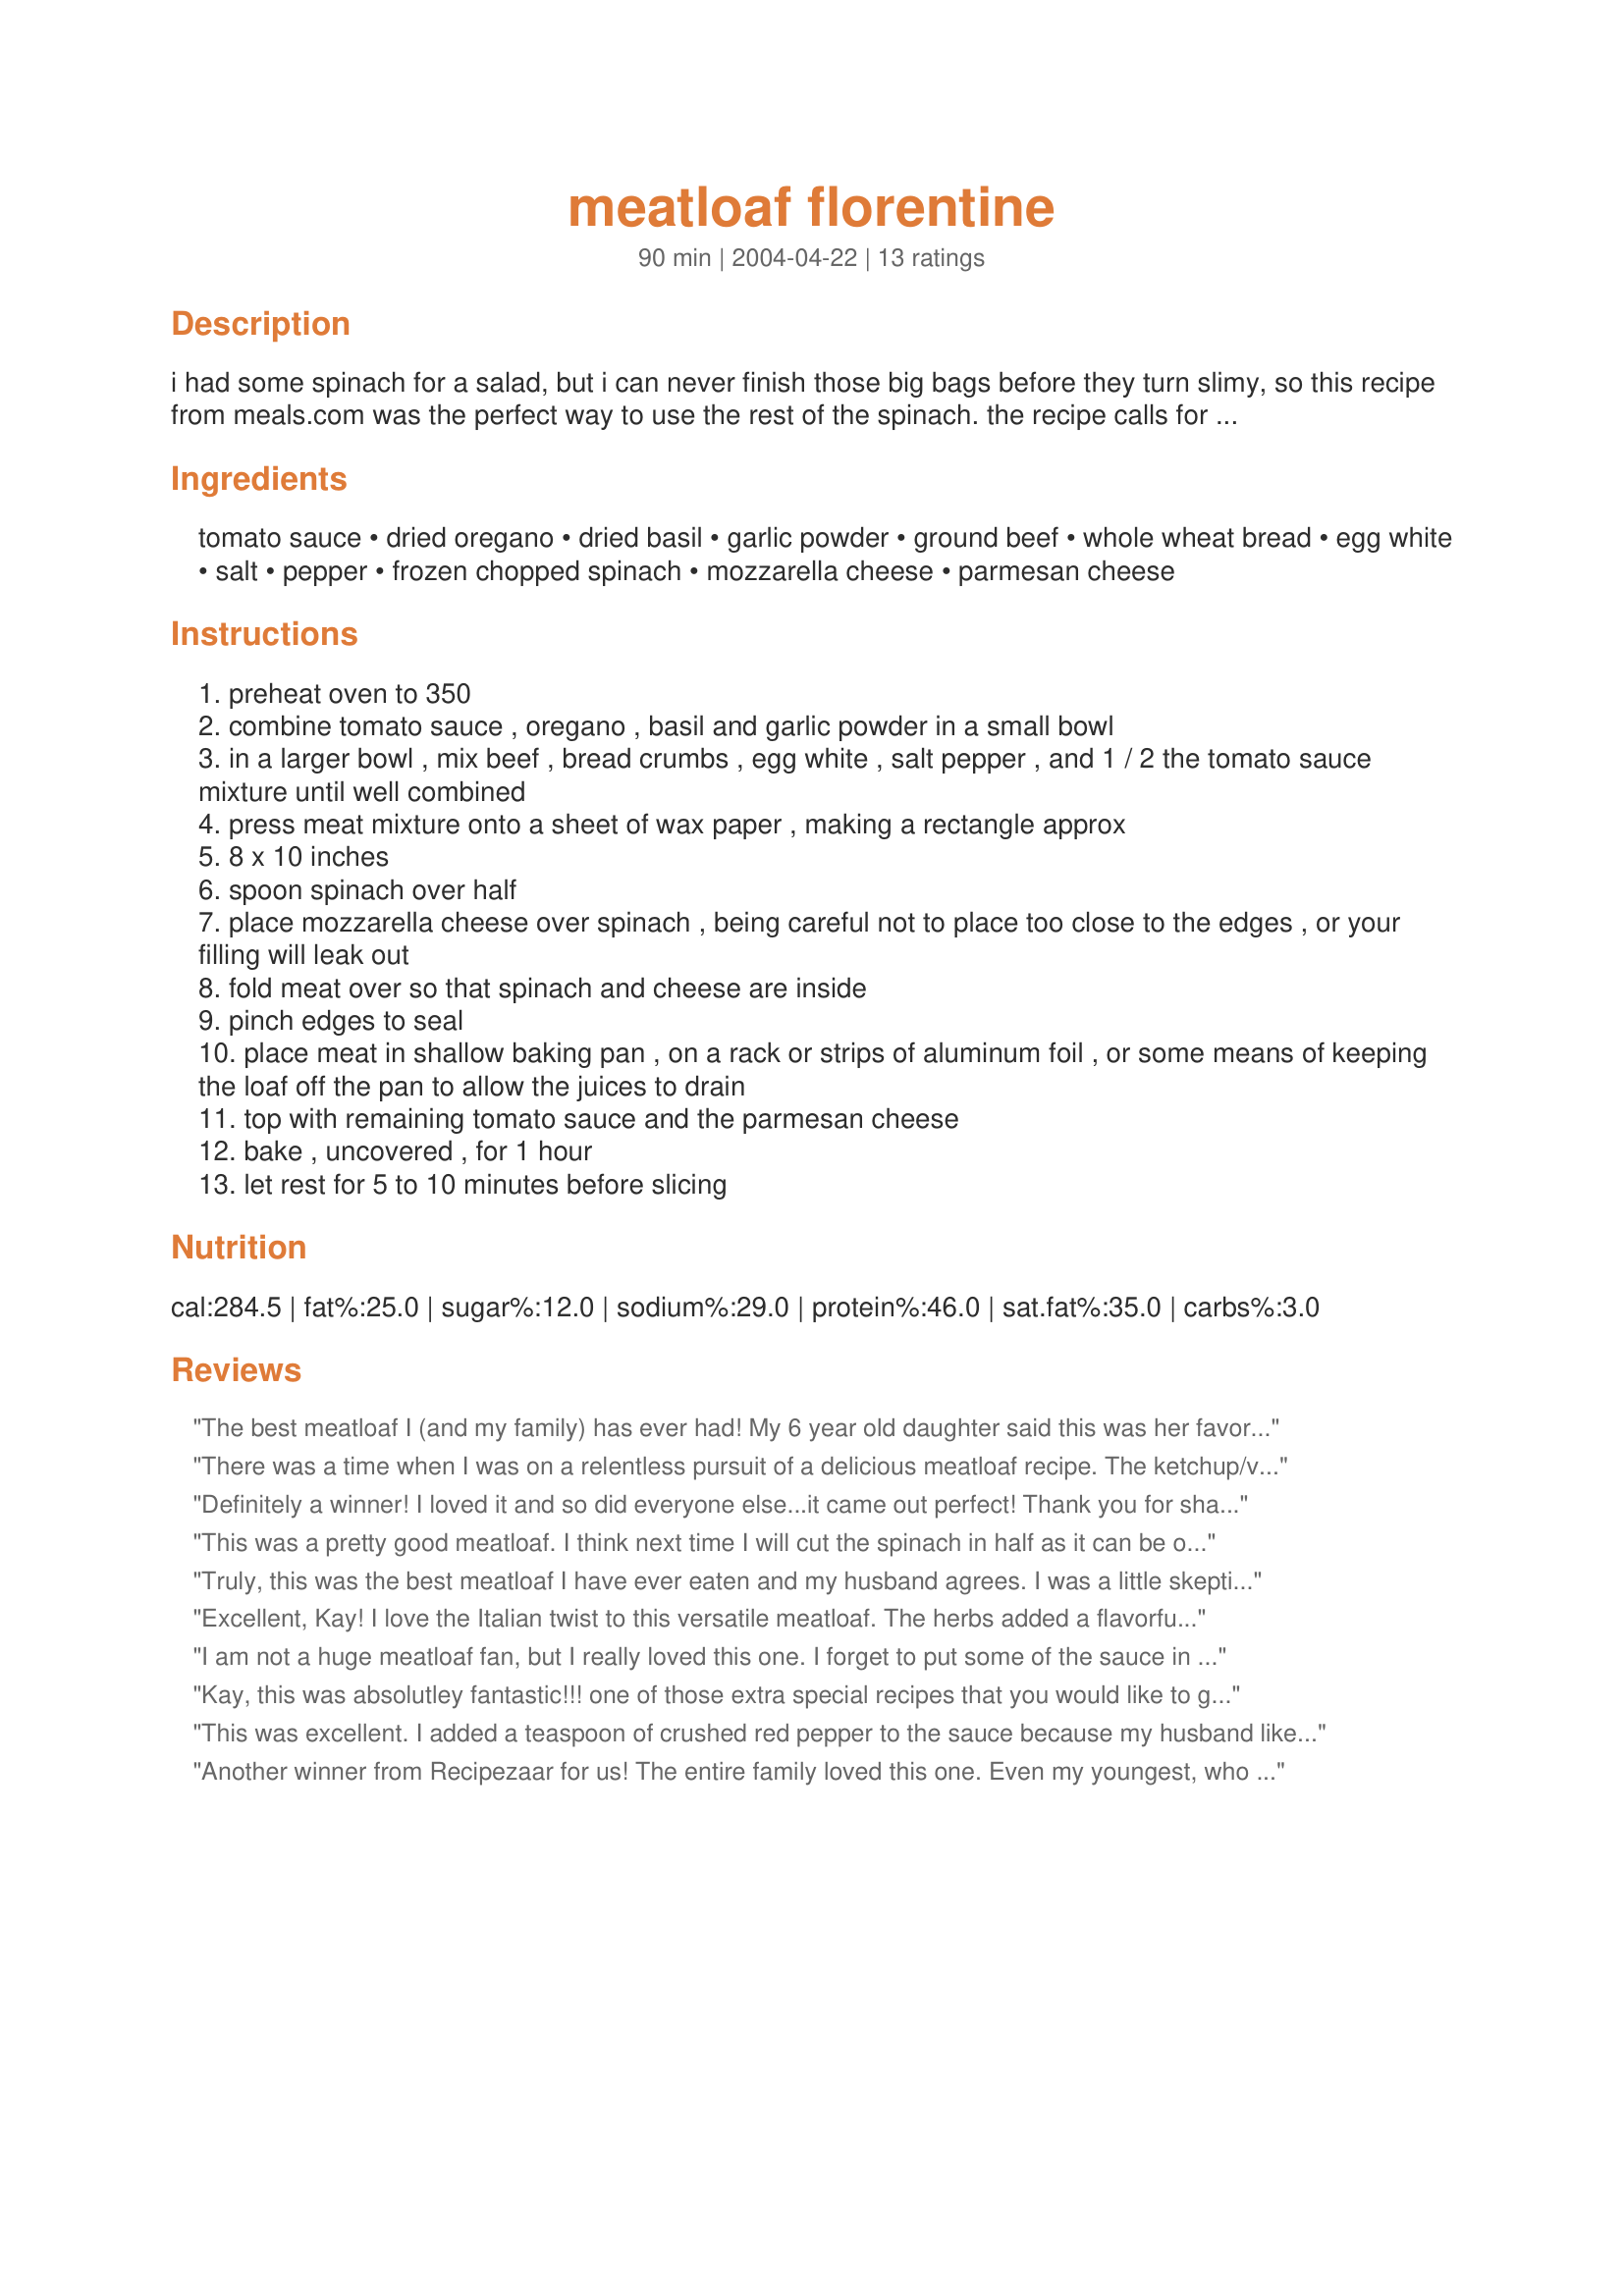
meatloaf florentine
Preparation time: 90 minutes

i had some spinach for a salad, but i can never finish those big bags before they turn slimy, so this recipe from meals.com was the perfect way to use the rest of the spinach. the recipe calls for frozen spinach, but fresh works just fine, 2 or 3 cups of it, chopped up in the food processor. i also used 1/3 cup italian seasoned bread crumbs in place of the bread slices, the ingredient list, however, is being posted in it's original state.

Ingredients:
tomato sauce, dried oregano, dried basil, garlic powder, ground beef, whole wheat bread, egg white, salt, pepper, frozen chopped spinach, mozzarella cheese, parmesan cheese

Steps:
preheat oven to 350
combine tomato sauce , oregano , basil and garlic powder in a small bowl
in a larger bowl , mix beef , bread crumbs , egg white , salt pepper , and 1 / 2 the tomato sauce mixture until well combined
press meat mixture onto a sheet of wax paper , making a rectangle approx
8 x 10 inches
spoon spinach over half
place mozzarella cheese over spinach , being careful not to place too close to the edges , or your filling will leak out
fold meat over so that spinach and cheese are inside
pinch edges to seal
place meat in shallow baking pan , on a rack or strips of aluminum foil , or some means of keeping the loaf off the pan to allow the juices to drain
top with remaining tomato sauce and the parmesan cheese
bake , uncovered , for 1 hour
let rest for 5 to 10 minutes before slicing

Reviews:
The best meatloaf I (and my family) has ever had! My 6 year old daughter said this was her favorite dinner and asked me to make it again tomorrow! I followed your changes and it was great...Finally found something to do with the left over salad bag. Thanks...
There was a time when I was on a relentless pursuit of a delicious meatloaf recipe. The ketchup/vinegar/Worcestershire sauce/brown sugar variations out there did not inspire me to make any recipe a keeper. Finally, I vowed I would never make another meatloaf again. Then I heard of the Florentine type of meatloaf a couple of month&#039;s ago. I found this recipe, and I have to say that it was absolutely the yummy I was looking for! Pretty much seasoned perfectly, though the cheese may have tipped it over into just slightly too salty. I cut the amount of spinach to maybe a couple of tablespoons. I am so pleased to have found this recipe! Definitely a keeper!!
Definitely a winner! I loved it and so did everyone else...it came out perfect! Thank you for sharing!
This was a pretty good meatloaf. I think next time I will cut the spinach in half as it can be overpowering if it is not evenly distributed throughout the loaf. Also, I might add some onions and garlic to the meat. My husband said it was OK. I served it with mash potatoes and peas. I'll make it again with a few changes!
Truly, this was the best meatloaf I have ever eaten and my husband agrees. I was a little skeptical when the meat seemed very wet but in the end realized it was probably what made it so moist! This recipe is definetly going on my monthly menu rotation!!!
Excellent, Kay! I love the Italian twist to this versatile meatloaf. The herbs added a flavorful touch. I used the Italian bread crums like you did, and it was a perfect substitution for the plain bread crumbs. The meatloaf filling was really a creative twist. I used fresh spinach too. Thanks so much for sharing this unique recipe. :-)
I am not a huge meatloaf fan, but I really loved this one. I forget to put some of the sauce in the filling and it still turned out great. I can see this being very versatile! Thanks for sharing!
Kay, this was absolutley fantastic!!! one of those extra special recipes that you would like to give more than 5 stars. I made this with 1/2 pound of beef, and 1/2 pound of ground pork, and used white bread crumbs, I used fresh garlic for the tomato sauce, I did not have any tomato sauce, so I subbed some crushed tomatoes instead...what a wonderful tasting meat loaf...I just had to try this, meatloaf if one of my DH's favorites., this was a wonderful dinner served with roasted potatoes, thanks for posting, I will be making this again...Kitten :)
This was excellent. I added a teaspoon of crushed red pepper to the sauce because my husband likes spice. I followed the rest pretty closely and it was delicious. The two of us ate almost the whole thing. Thanks. I will definitely make it again.
Another winner from Recipezaar for us! The entire family loved this one. Even my youngest, who is kind of anti-spinach right now, adored the meatloaf part. Since the spinach wasn't mixed in completely, he was able to eat around it. Thumbs up all around!
My boyfriend loves meatloaf, but plain old meatloaf was too boring for me. This one satisfied us both! Mine turned out a little dense, but I think if I reduced the breadcrumbs slightly it would help. Thanks for the great recipe!
I recently printed a bunch of meatloaf recipes to try as my family loves meatloaf. My DH had the "If it ain't broke, don't fix it" attitude. I shut him up with one taste of this meatloaf. I've made it twice now, and I've found that it is a little better with fresh baby spinach. I'll keep this recipe and make it at least twice a month. Thanks for one of the best meatloaf recipes ever!
I LOVE this meatloaf! Meatloaf is my DH's favorite meal, and I thought I had tried making it just about every way you could (pizza flavored, BBQ, veggie chunks, lasagna, Bacon wrapped etc) but then I found this recipe.... Wow, we were both blown away! I pretty much stuck with this recipe exactly for the most part with only a couple &quot;extras.&quot; 1. I added extra seasoning of everything and 2. I made extra sauce for the top. I waited until I cut the meatloaf and then added more of the warmed up sauce over the cuts once they were on our plates. I didn't even have a left over! between the super moist meat, yummy flavors and the oozing cheesiness this meatloaf is a winner in my book! I also used this as one of my contribution recipes to my groups freezer meal home workshops, got great reviews with them too! Thanks so much!
